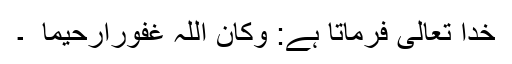
خدا تعالیٰ فرماتا ہے: وکان اللہ غفوراًرحیما ً ۔